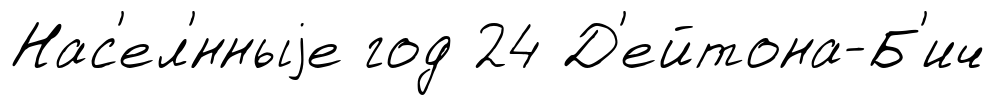
Нас'ел'́нныjе год 24 Д'ейтона-Б'ич